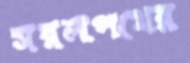
সরলপথের